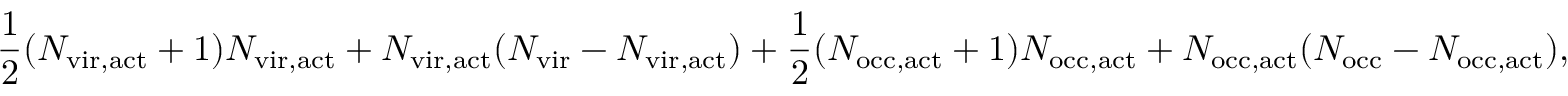
\frac { 1 } { 2 } ( N _ { \mathrm { v i r , a c t } } + 1 ) N _ { \mathrm { v i r , a c t } } + N _ { \mathrm { v i r , a c t } } ( N _ { \mathrm { v i r } } - N _ { \mathrm { v i r , a c t } } ) + \frac { 1 } { 2 } ( N _ { \mathrm { o c c , a c t } } + 1 ) N _ { \mathrm { o c c , a c t } } + N _ { \mathrm { o c c , a c t } } ( N _ { \mathrm { o c c } } - N _ { \mathrm { o c c , a c t } } ) ,